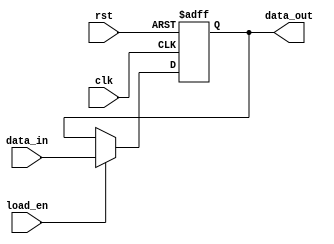
module ControlRegister #(
    parameter WIDTH = 8  // Parameter to define the width of the control register
)(
    input wire clk,          // Clock signal
    input wire rst,          // Asynchronous reset signal
    input wire [WIDTH-1:0] data_in, // Data input for control signals
    input wire load_en,      // Load enable signal
    output reg [WIDTH-1:0] data_out // Data output for the control register
);

// Always block triggered on the rising edge of the clock or reset
always @(posedge clk or posedge rst) begin
    if (rst) begin
        // Asynchronous reset: set the register to default value (0)
        data_out <= {WIDTH{1'b0}};
    end else if (load_en) begin
        // Load the data input into the register
        data_out <= data_in;
    end
    // If neither reset nor load enable is asserted, retain current value
end

endmodule